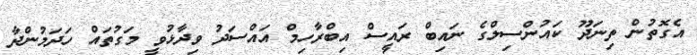
އެގޮތުން ތިނަދޫ ކައުންސިލްގެ ނައިބް ރައީސް އިބްރާހިމް އައްސަދު ވިދާޅުވީ މަގުތައް ހަދަމުންދާ